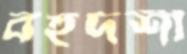
বহুদর্শী